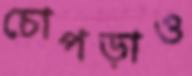
চোপড়াও